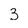
Character: 3